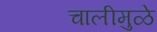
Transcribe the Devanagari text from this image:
चालीमुळे